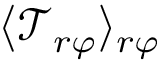
\langle \mathcal { T } _ { r \varphi } \rangle _ { r \varphi }